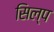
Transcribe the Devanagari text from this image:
सिल्प